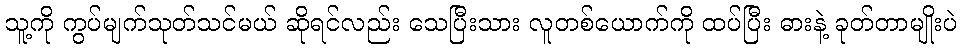
သူ့ကို ကွပ်မျက်သုတ်သင်မယ် ဆိုရင်လည်း သေပြီးသား လူတစ်ယောက်ကို ထပ်ပြီး ဓားနဲ့ ခုတ်တာမျိုးပဲ